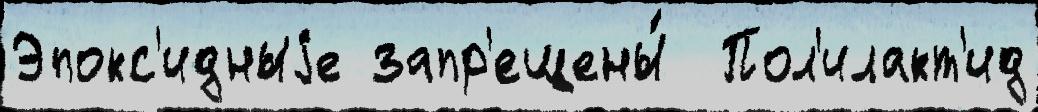
Эпокс'идныjе запр'ещены́  Пол'илакт'ид